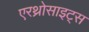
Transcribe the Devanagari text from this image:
एरथ्रोसाइट्स